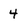
Character: 4